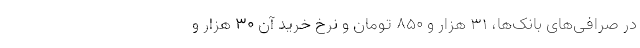
در صرافی‌های بانک‌ها، ۳۱ هزار و ۸۵۰ تومان و نرخ خرید آن ۳۰ هزار و